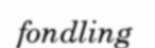
fondling